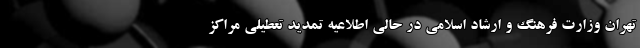
تهران وزارت فرهنگ و ارشاد اسلامی در حالی اطلاعیه تمدید تعطیلی مراکز